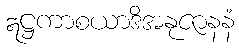
ဣဋ္ဌကာစယာဒိအနုဇာနနံ